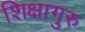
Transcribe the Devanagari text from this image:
शिक्षागुरु